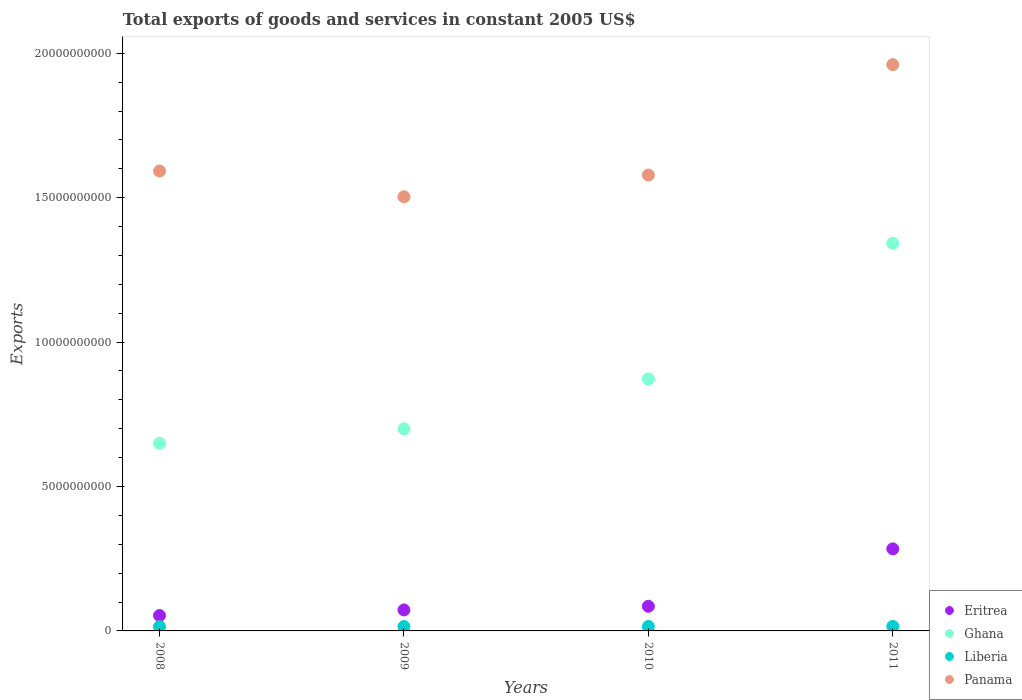
| Years | Eritrea | Ghana | Liberia | Panama |
 | --- | --- | --- | --- | --- |
 | 2008 | 5.33e+08 | 6.5e+09 | 1.49e+08 | 1.59e+10 |
 | 2009 | 7.26e+08 | 7e+09 | 1.51e+08 | 1.5e+10 |
 | 2010 | 8.53e+08 | 8.72e+09 | 1.53e+08 | 1.58e+10 |
 | 2011 | 2.84e+09 | 1.34e+10 | 1.55e+08 | 1.96e+10 |